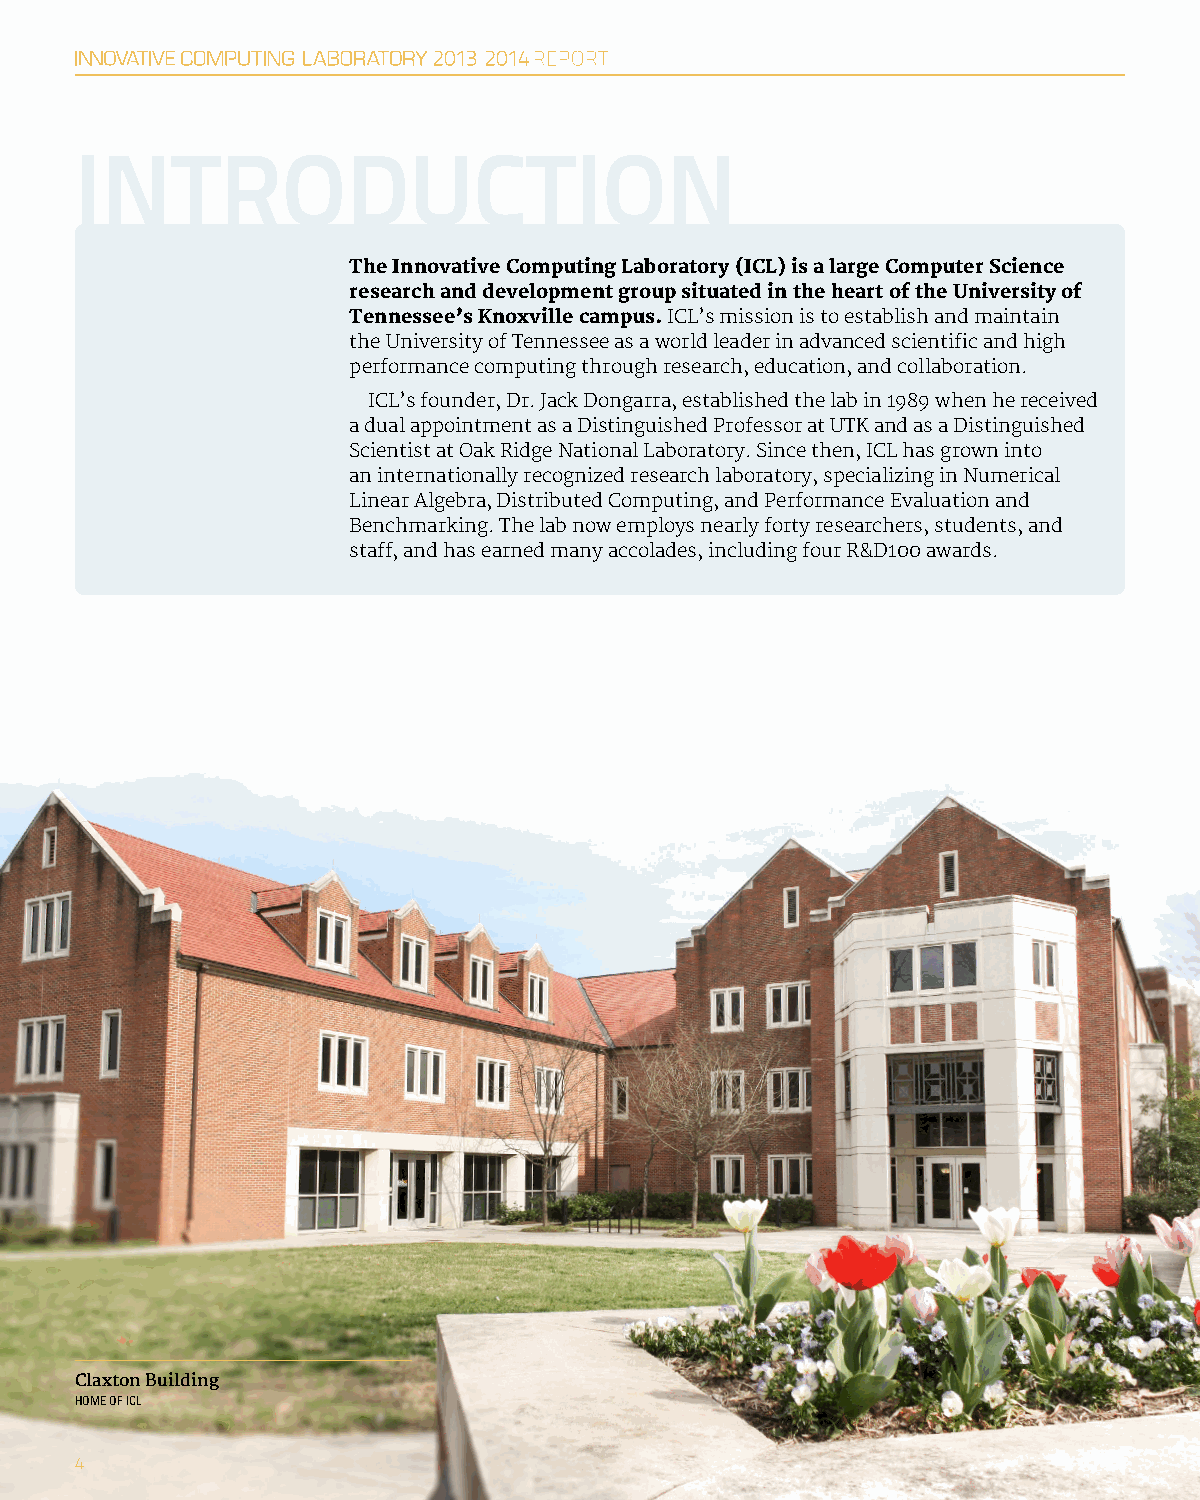
INTRODUCTION
 The Innovative Computing Laboratory (ICL) is a large Computer Science
 research and development group situated in the heart of the University of
 Tennessee’s Knoxville campus. ICL’s mission is to establish and maintain
 the University of Tennessee as a world leader in advanced scientific and high
 performance computing through research, education, and collaboration.
 ICL’s founder, Dr. Jack Dongarra, established the lab in 1989 when he received
 a dual appointment as a Distinguished Professor at UTK and as a Distinguished
 Scientist at Oak Ridge National Laboratory. Since then, ICL has grown into
 an internationally recognized research laboratory, specializing in Numerical
 Linear Algebra, Distributed Computing, and Performance Evaluation and
 Benchmarking. The lab now employs nearly forty researchers, students, and
 staff, and has earned many accolades, including four R&D100 awards.
 Claxton Building
 HOME OF ICL
 4